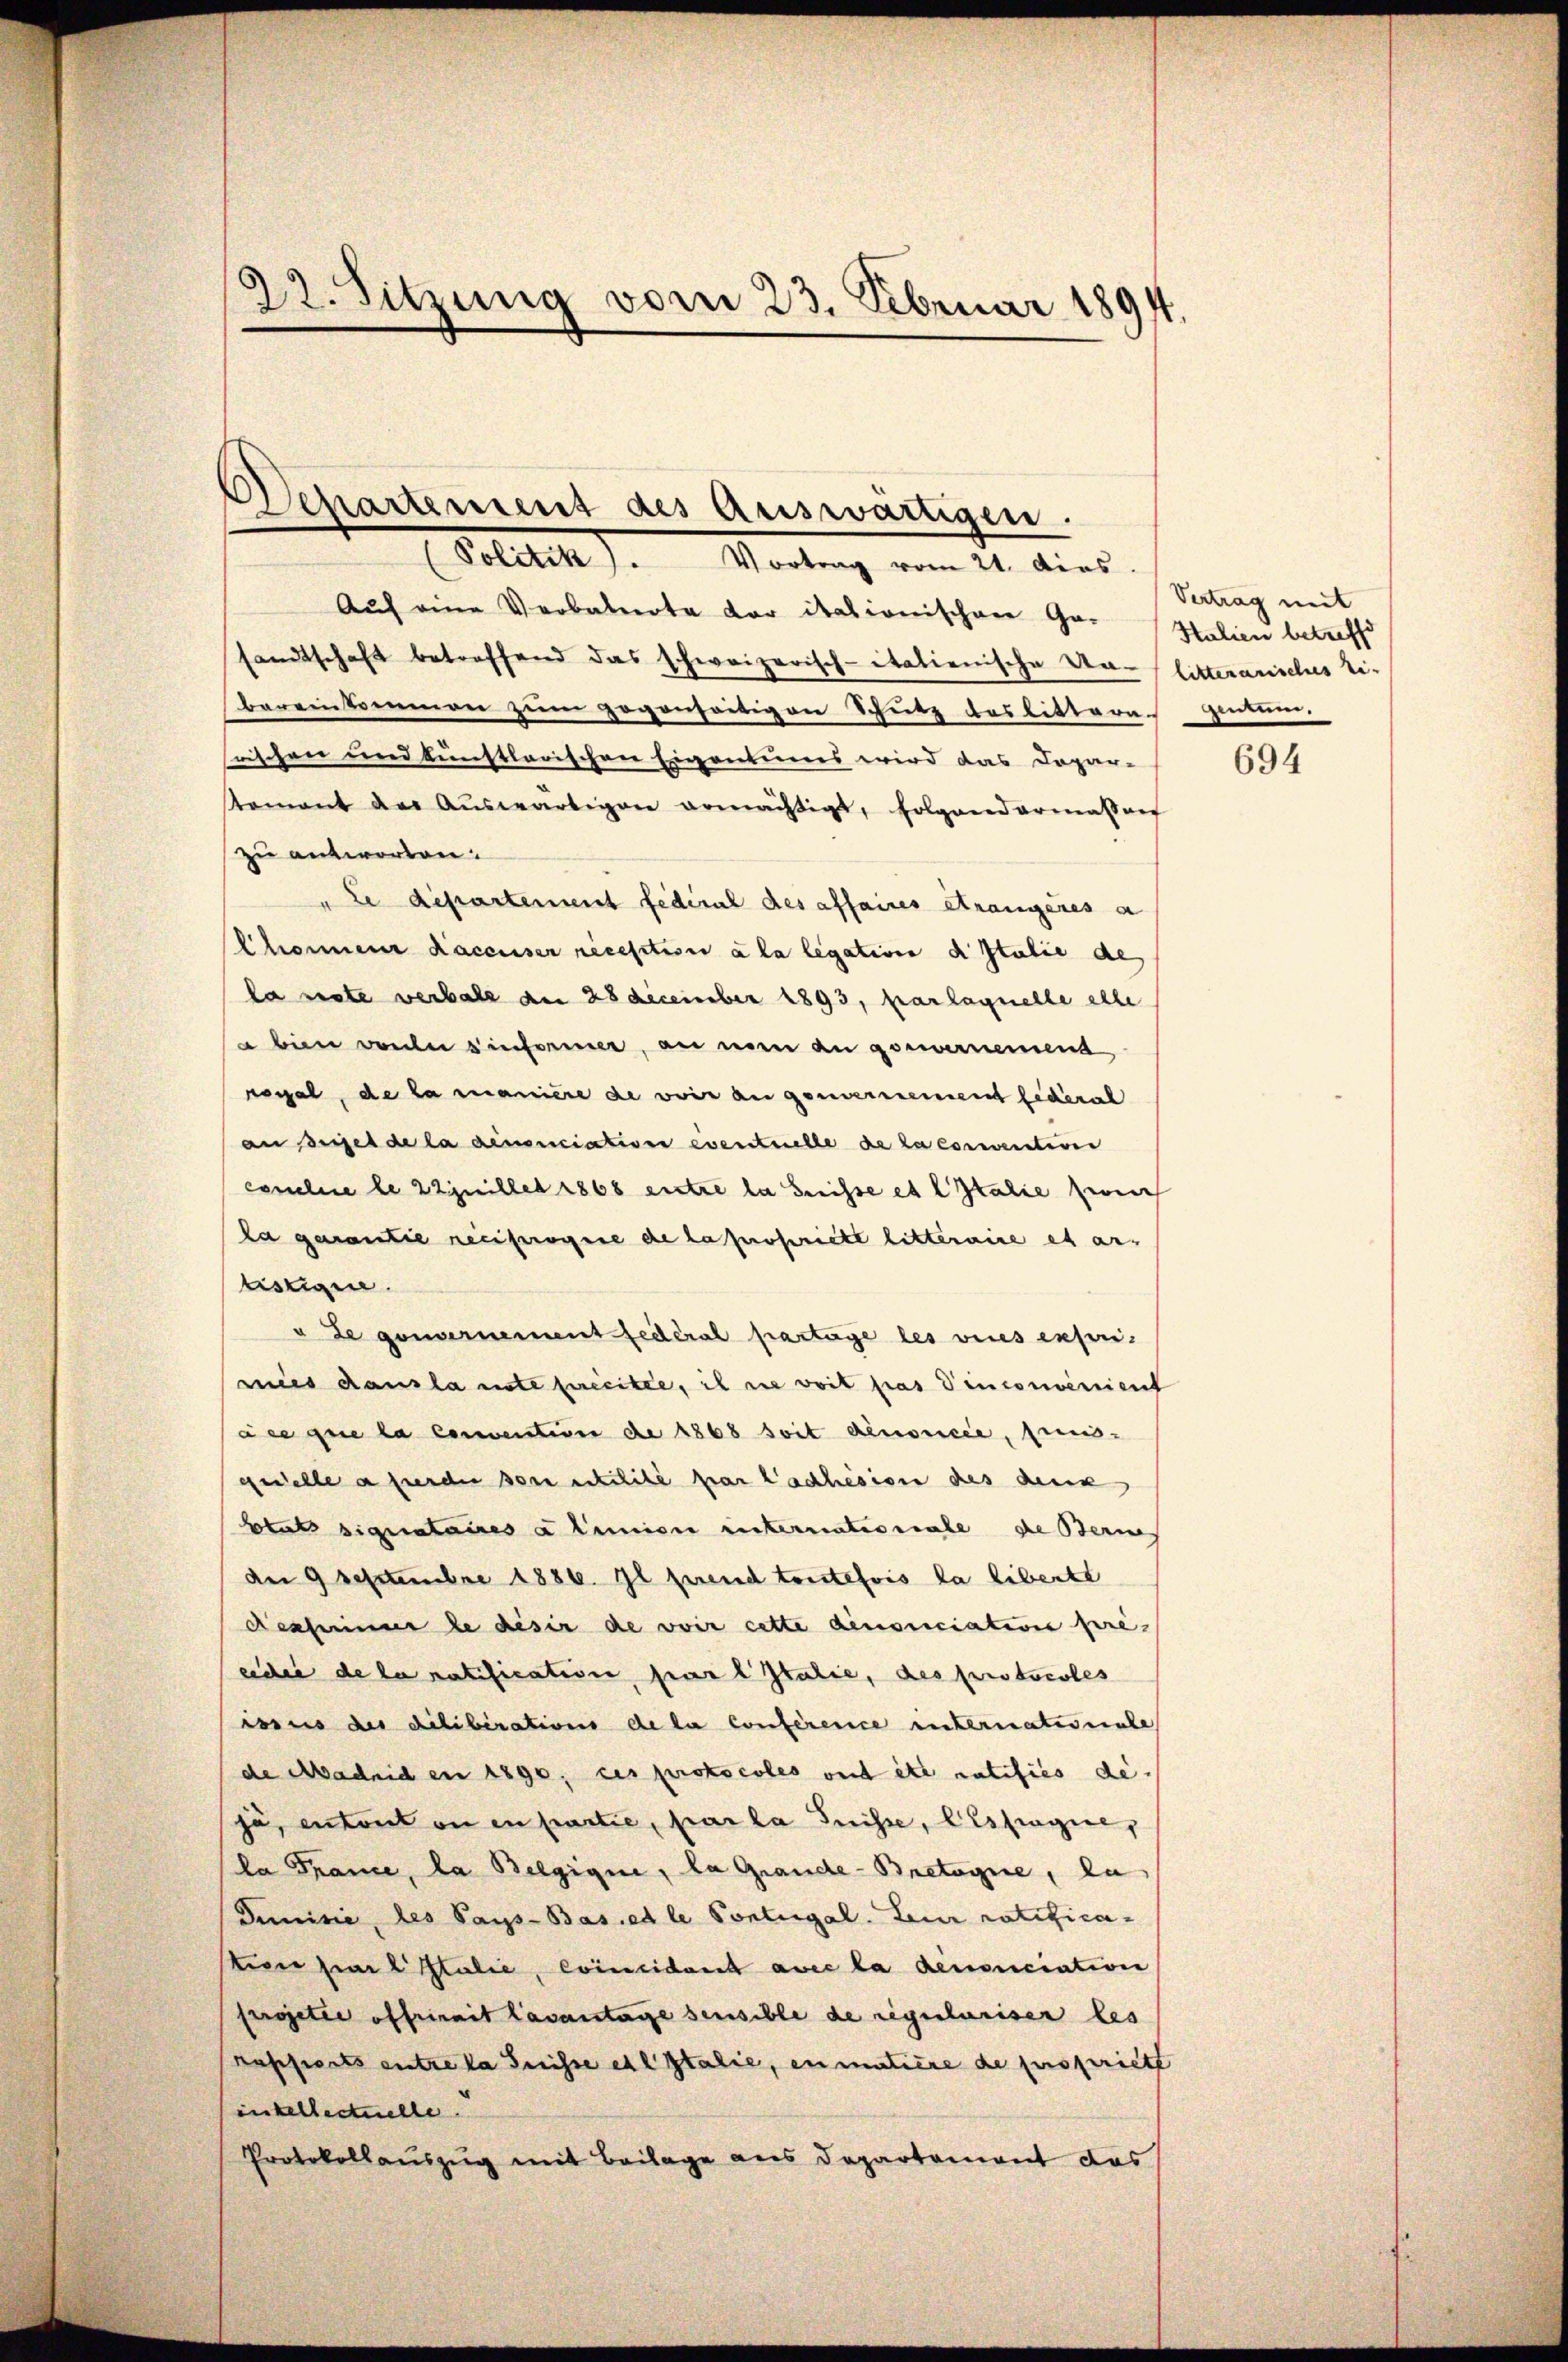
22. Sitzung vom 23. Februar 1894.

Departement des Auswärtigen.
(Politik. Vortrag vom 21. dies

Auf eine Verbahnerte der italionischere Ge-
sandtschaft betreffend das schweizerisch-italienische Ver- litterarisches Ei-
bereinkommen zum gegenseitigen Schutz des litteras gentum.
srischen und künstlerischen Eigentumes wird das Dopar-
Romant des Aŭswärtigen ermächtigt, folgendermassen
zu antworten.
" Le département fédéral des affaires Arangeres a
Chonnen Racenser reception a la legation d Italie des
lanete verbale am 28 December 1893, par laquelle alle
 bin wenn einsamer, an nun an gewarnemend
Regal, de la maniere de voir angenvernement fideral
an seifel de la renonciation eventuelle de la convention
conelle le 22juillet 1868 entre la Suisse et l Italie zwei
La garantie reciprogie de la propriete litteraire et ar-
tistigene.
ude gouvernement fédéral partage les vices expri-
mies dans la note fecitte, il sie voit pas Vinconvenient
ace que la convention de 1868 soit denoncée, preis-
gedelle a fuerden son entilite par l’achesion des denk
Etat signataires a linien unternationale die Beri
aer 9 septembre 1886. Il prend toutefois la libertt
Restimmer le desir de voir cette denonciation pre-
eder de la ratification par l. Italie, des protocoles
issus der diliberations de la Conference internationale
de Madriden 1890; ces protocoles ont etc ratifiés de
ja, entent ou en partie, par la Suisse, Elsfrage,
la France, la Belgique, la Grande-Bretaire, la
Dunisie, des Pau-Bas. et le Contugal. Zur ratificateen sie Italie, Coincidant avec la denonciation
Projetie offirait lavantage sensible de regulariser les
rapports entre la Suisse etl Italie, en matière de propriett
inkellectuelle.
Protokollauszug mit Beilage aus Departement das

Vertrag mit
Stulien betreffe

694